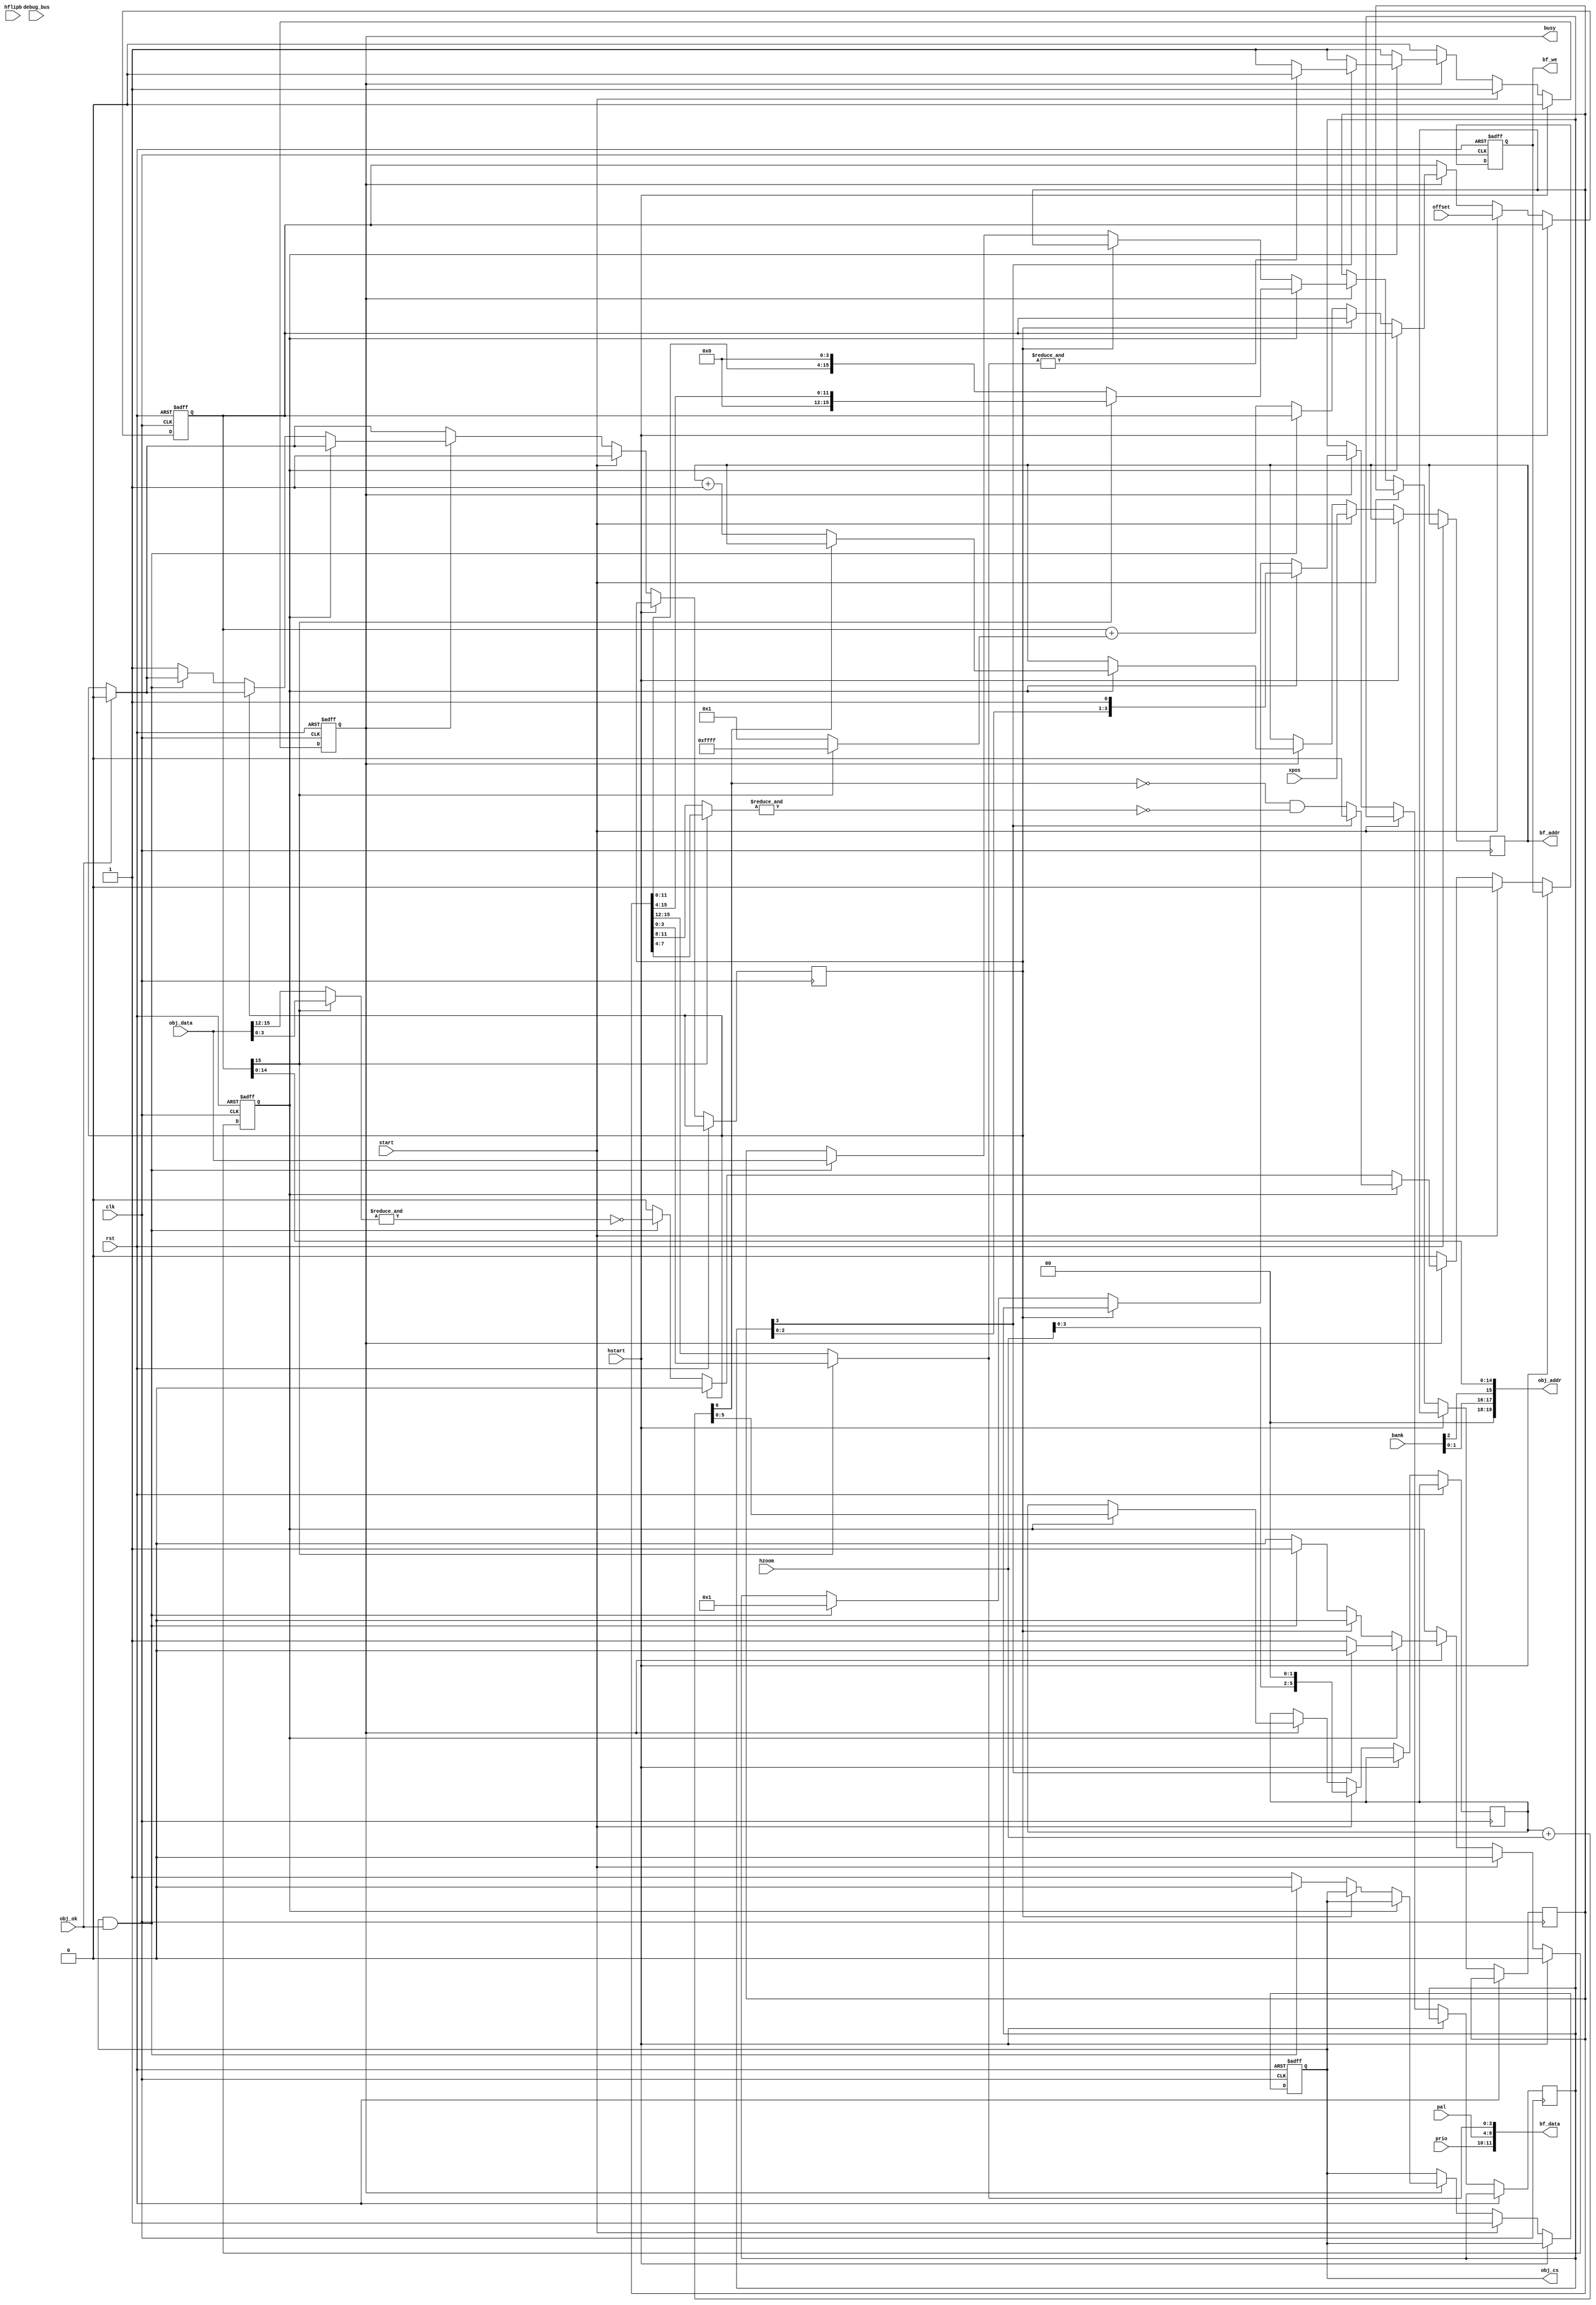
/*  This file is part of JTCORES.
    JTCORES program is free software: you can redistribute it and/or modify
    it under the terms of the GNU General Public License as published by
    the Free Software Foundation, either version 3 of the License, or
    (at your option) any later version.

    JTCORES program is distributed in the hope that it will be useful,
    but WITHOUT ANY WARRANTY; without even the implied warranty of
    MERCHANTABILITY or FITNESS FOR A PARTICULAR PURPOSE.  See the
    GNU General Public License for more details.

    You should have received a copy of the GNU General Public License
    along with JTCORES.  If not, see <http://www.gnu.org/licenses/>.

    Author: Jose Tejada Gomez. Twitter: @topapate
    Version: 1.0
    Date: 12-3-2021 */

module jts16_obj_draw#(
    parameter MODEL=0  // 0 = S16A, 1 = S16B, 2 = OUTRUN
)(
    input              rst,
    input              clk,
    input              hstart,
    // From scan
    input              start,
    output reg         busy,
    input      [ 8:0]  xpos,
    input      [15:0]  offset,  // MSB is also used as the flip bit
    input      [ 3:0]  bank,
    input      [ 1:0]  prio,
    input      [(MODEL==2?6:5):0]  pal,
    input      [ 4:0]  hzoom,
    input              hflipb,

    // SDRAM interface
    input              obj_ok,
    output reg         obj_cs,
    output     [20:1]  obj_addr, // 3 bank + 15 offset = 18
    input      [15:0]  obj_data,

    // Buffer
    output     [(MODEL==2?12:11):0]  bf_data,
    output reg         bf_we,
    output reg [ 8:0]  bf_addr,
    input      [ 7:0]  debug_bus
);

localparam S16A   = 0,
           S16B   = 1,
           OUTRUN = 2;

reg  [15:0] pxl_data, cur;
reg  [ 3:0] cnt;
reg         draw, stop;
wire [ 3:0] cur_pxl, nxt_pxl;
wire        hflip;
reg  [ 5:0] hzacc;
wire [ 6:0] hzsum;
wire        hzov;

assign cur_pxl  = hflip ? pxl_data[3:0] : pxl_data[15:12];
assign nxt_pxl  = hflip ? pxl_data[7:4] : pxl_data[11: 8];
assign obj_addr = MODEL==S16A ? { 2'b0, bank[1:0], bank[2], cur[14:0] } :
                                { bank, cur[15:0] };
assign bf_data  = MODEL==OUTRUN ? { pal, prio, cur_pxl } : { prio, pal, cur_pxl };
assign hflip    = MODEL==S16A   ? cur[15] : hflipb;

// Sprite scaling
assign hzsum = {1'b0, hzacc} + {2'd0, hzoom};
assign hzov  = hzsum[6];

always @(posedge clk, posedge rst) begin
    if( rst ) begin
        busy   <= 0;
        draw   <= 0;
        obj_cs <= 0;
        bf_we  <= 0;
        cur    <= 0;
    end else begin
        if( hstart ) begin
            busy <= 0;
            draw <= 0;
        end else
        if( start ) begin
            cur      <= offset;
            obj_cs   <= 1;
            busy     <= 1;
            draw     <= 0;
            bf_we    <= 0;
            stop     <= 1;
            bf_addr  <= xpos;
            hzacc    <= { hzoom[3:0], 2'd0 };
        end else begin
            bf_we <= 0;
            if(obj_ok) stop <= 0;
            if( busy ) begin
                if( draw ) begin
                    cnt <= { cnt[2:0], 1'b1 };
                    hzacc <= hzsum[5:0];
                    if(cnt[3]) begin
                        draw  <= 0;
                        bf_we <= 0;
                        if( &cur_pxl )
                            busy <= 0;  // done
                    end else begin
                        bf_we    <= ~hzov & ~&nxt_pxl;
                    end
                    pxl_data <= hflip ? pxl_data>>4 : pxl_data<<4;
                    if( !hzov ) bf_addr <= bf_addr+1'd1;
                end else if(!stop) begin
                    if( obj_cs && obj_ok ) begin
                        // Draw pixels
                        pxl_data <= obj_data;
                        bf_we    <= ~&(hflip ? obj_data[3:0] : obj_data[15:12]); // $F must not be drawn
                        cnt      <= 1;
                        draw     <= 1;
                        obj_cs   <= 0;
                    end else begin
                        cur    <= cur + (hflip ? -16'd1 : 16'd1);   // hflip may be affected
                        obj_cs <= 1;
                        stop   <= 1;
                    end
                end
            end
        end
    end
end

endmodule